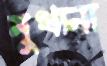
মুথানা